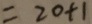
= 2 0 + 1